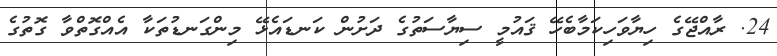
24. ރާއްޖޭގެ ހިޔާވަހިކަމާބެހޭ ޤައުމީ ސިޔާސަތުގެ ދަށުން ކަނޑައެޅޭ މިންގަނޑުތަކާ އެއްގޮތްވާ ގޮތުގެ